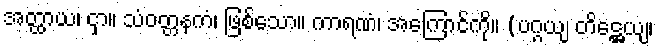
အတ္ထာယ၊ ငှာ။ သံဝတ္တနကံ၊ ဖြစ်သော။ ကာရဏံ၊ အကြောင်ကို။ (ပဂ္ဂယျ တိဋ္ဌေယျ၊